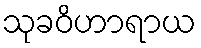
သုခဝိဟာရာယ